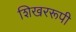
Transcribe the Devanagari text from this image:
शिखररूपी